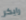
رايكر